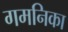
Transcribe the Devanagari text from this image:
गमनिका